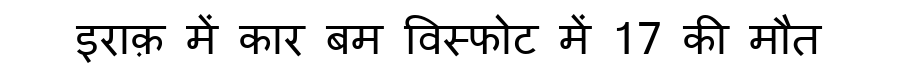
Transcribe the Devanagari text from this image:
इराक़ में कार बम विस्फोट में 17 की मौत